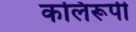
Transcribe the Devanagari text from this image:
कलिरूपी